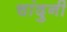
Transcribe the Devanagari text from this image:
चांदुनी